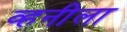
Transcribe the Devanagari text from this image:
व्हनीला